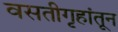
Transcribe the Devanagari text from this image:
वसतीगृहांतून